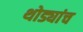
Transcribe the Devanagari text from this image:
थोड्यांच